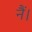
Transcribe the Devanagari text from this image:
नैं।